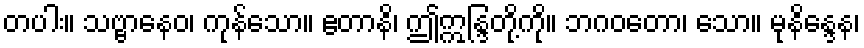
တပါး။ သဗ္ဗာနေဝ၊ ကုန်သော။ ဧတာနိ၊ ဤဣန္ဒြတို့ကို။ ဘဂဝတော၊ သော။ မုနိန္ဒေန၊